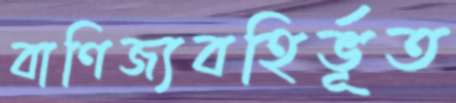
বাণিজ্যবহির্ভূত